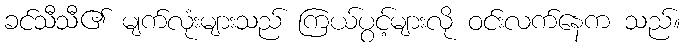
ခင်သီသီ၏ မျက်လုံးများသည် ကြယ်ပွင့်များလို ဝင်းလက်နေက သည်။